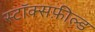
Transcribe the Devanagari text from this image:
स्टॉक्सफ़ील्ड